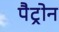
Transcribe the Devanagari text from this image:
पैट्रोन